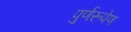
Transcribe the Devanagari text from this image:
पुर्णरूपेण